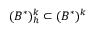
( B ^ { * } ) _ { h } ^ { k } \subset ( B ^ { * } ) ^ { k }